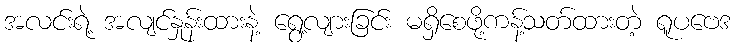
အလင်းရဲ့ အလျင်နှုန်းထားနဲ့ ရွေ့လျားခြင်း မရှိစေဖို့ကန့်သတ်ထားတဲ့ ရူပဗေဒ